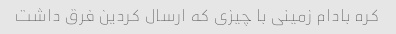
کره بادام زمینی با چیزی که ارسال کردین فرق داشت